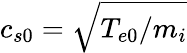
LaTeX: c_{s0}=\sqrt{T_{e0}/m_{i}}